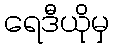
ရေဒီယိုမှ